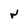
Character: W